Welfare of youth, 1940
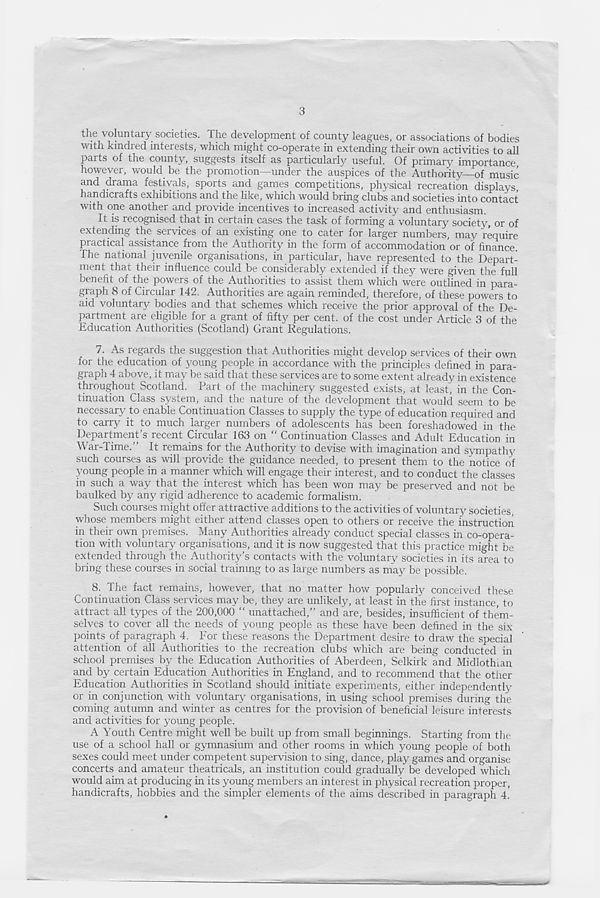
3
the voluntary societies. The development of county leagues, or associations of bodies
with kindred interests, which might co-operate in extending their own activities to all
parts of the county, suggests itself as particularly useful. Of primary importance
however, would be the promotion—under the auspices of the Authority—of music
and drama festivals, sports and games competitions, physical recreation displays,
handicrafts exhibitions and the like, which would bring clubs and societies into contact
with one another and provide incentives to increased activity and enthusiasm.
It is recognised that in certain cases the task of forming a voluntary society, or of
extending the services of an existing one to cater for larger numbers, may require
practical assistance from the Authority in the form of accommodation or of finance.
The national juvenile organisations, in particular, have represented to the Depart-
ment that their influence could be considerably extended if they were given the full
benefit of the powers of the Authorities to assist them which were outlined in para-
graph 8 of Circular 142. Authorities are again reminded, therefore, of these powers to
aid voluntary bodies and that schemes which receive the prior approval of the De-
partment are eligible for a grant of fifty per cent, of the cost under Article 3 of the
Education Authorities (Scotland) Grant Regulations.
7. As regards the suggestion that Authorities might develop services of their own
for the education of young people in accordance with the principles defined in para-
gi apn 4 above, it may oe said that these services are to some extent already in existence
throughout Scotland. Part of the machinery suggested exists, at least, in the Con-
tinuation Class system, and the nature of the development that would seem to be
necessary to enable Continuation Classes to supply the type of education required and
to carry it to much larger numbers of adolescents has been foreshadowed in the
Department's recent Circular 163 on “ Continuation Classes and Adult Education in
War-Time.” It remains for the Authority to devise with imagination and sympathy
such courses as will provide the guidance needed, to present them to the notice of
young people in a manner which will engage their interest, and to conduct the classes
in such a way that the interest which has been won may be preserved and not be
baulked by any rigid adherence to academic formalism.
Such courses might offer attractive additions to the activities of voluntary societies,
whose members might either attend classes open to others or receive the instruction
in their own premises. Many Authorities already conduct special classes in co-opera-
tion with voluntary organisations, and it is now suggested that this practice might be
extended through the Authority’s contacts with the voluntary societies in its area to
bring these courses in social training to as large numbers as may be possible.
8. The fact remains, however, that no matter how popularly conceived these
Continuation Class services may be, they are unlikely, at least in the first instance, to
attract all types of the 200,000 “ unattached,” and are, besides, insufficient of them-
selves to cover all the needs of young people as these have been defined in the six
points of paragraph 4. For these reasons the Department desire to draw the special
attention of all Authorities to the recreation clubs which are being conducted in
school premises by the Education Authorities of Aberdeen, Selkirk and Midlothian
and by certain Education Authorities in England, and to recommend that the other
Education Authorities in Scotland should initiate experiments, either independently
or in conjunction with voluntary organisations, in using school premises during the
coming autumn and winter as centres for the provision of beneficial leisure interests
and activities for young people.
A Youth Centre might well be built up from small beginnings. Starting from the
use of a school hall or gymnasium and other rooms in which young people of both
sexes could meet under competent supervision to sing, dance, play games and organise
concerts and amateur theatricals, an institution could gradually be developed which
would aim at producing in its young members an interest in physical recreation proper,
handicrafts, hobbies and the simpler elements of the aims described in paragraph 4.